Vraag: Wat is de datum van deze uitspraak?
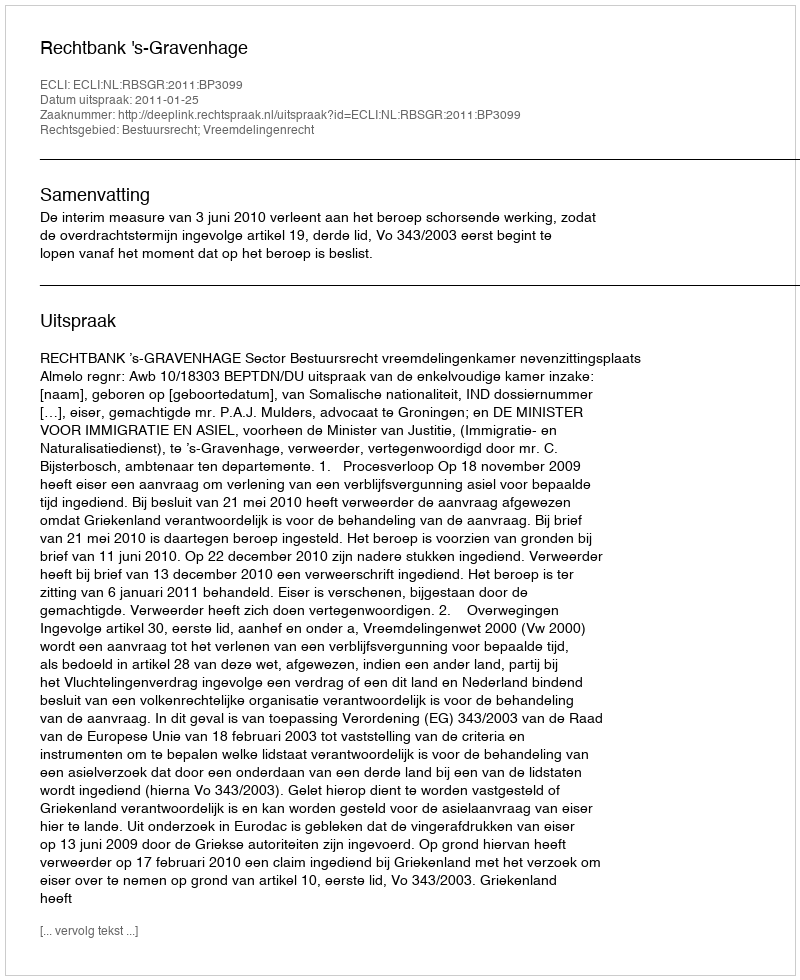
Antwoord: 2011-01-25